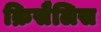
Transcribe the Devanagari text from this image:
क्रिसैलिस